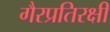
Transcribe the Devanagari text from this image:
गैरप्रतिरक्षी